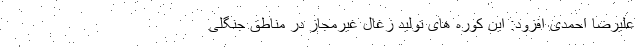
علیرضا احمدی افزود: این کوره های تولید زغال غیرمجاز در مناطق جنگلی